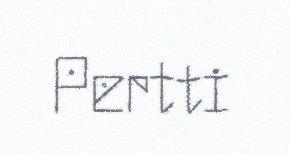
Pertti